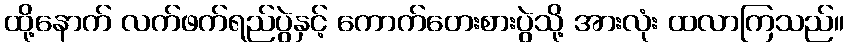
ထို့နောက် လက်ဖက်ရည်ပွဲနှင့် ကောက်တေးစားပွဲသို့ အားလုံး ထလာကြသည်။